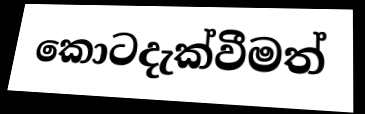
කොටදැක්වීමත්